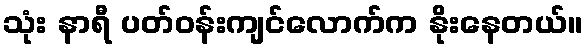
သုံး နာရီ ပတ်ဝန်းကျင်လောက်က နိုးနေတယ်။